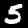
Label: 5